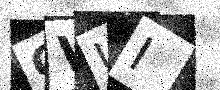
Text: CVUI